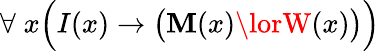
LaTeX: \forall\; x{\Big(}I(x)\rightarrow{\big(}\mathbf{M}(x)\lorW(x){\big)}{\Big)}